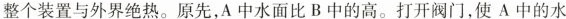
整个装置与外界绝热。原先，A中水面比B中的高。打开阀门，使A中的水